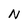
Character: N